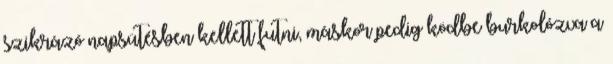
szikrázó napsütésben kellett futni, máskor pedig ködbe burkolózva a